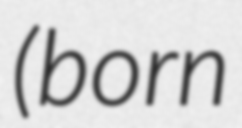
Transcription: (born